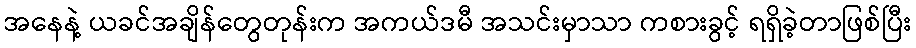
အနေနဲ့ ယခင်အချိန်တွေတုန်းက အကယ်ဒမီ အသင်းမှာသာ ကစားခွင့် ရရှိခဲ့တာဖြစ်ပြီး